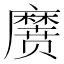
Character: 𱋱